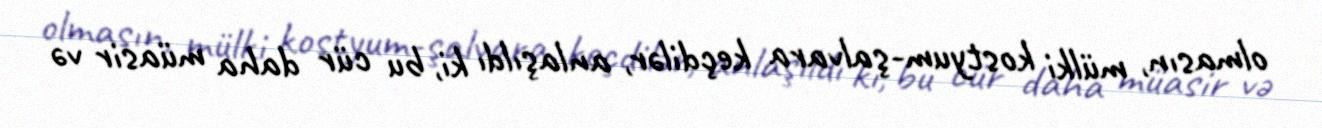
olmasın, mülki kostyum-şalvara keçdilər, anlaşıldı ki, bu cür daha müasir və